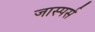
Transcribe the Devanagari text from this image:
जास्पर्स